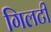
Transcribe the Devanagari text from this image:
गिलटी